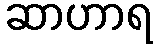
ဆာဟာရ